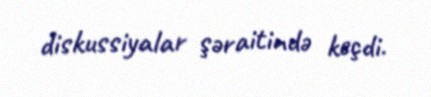
diskussiyalar şəraitində keçdi.